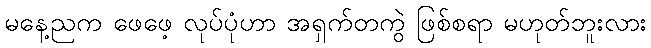
မနေ့ညက ဖေဖေ့ လုပ်ပုံဟာ အရှက်တကွဲ ဖြစ်စရာ မဟုတ်ဘူးလား